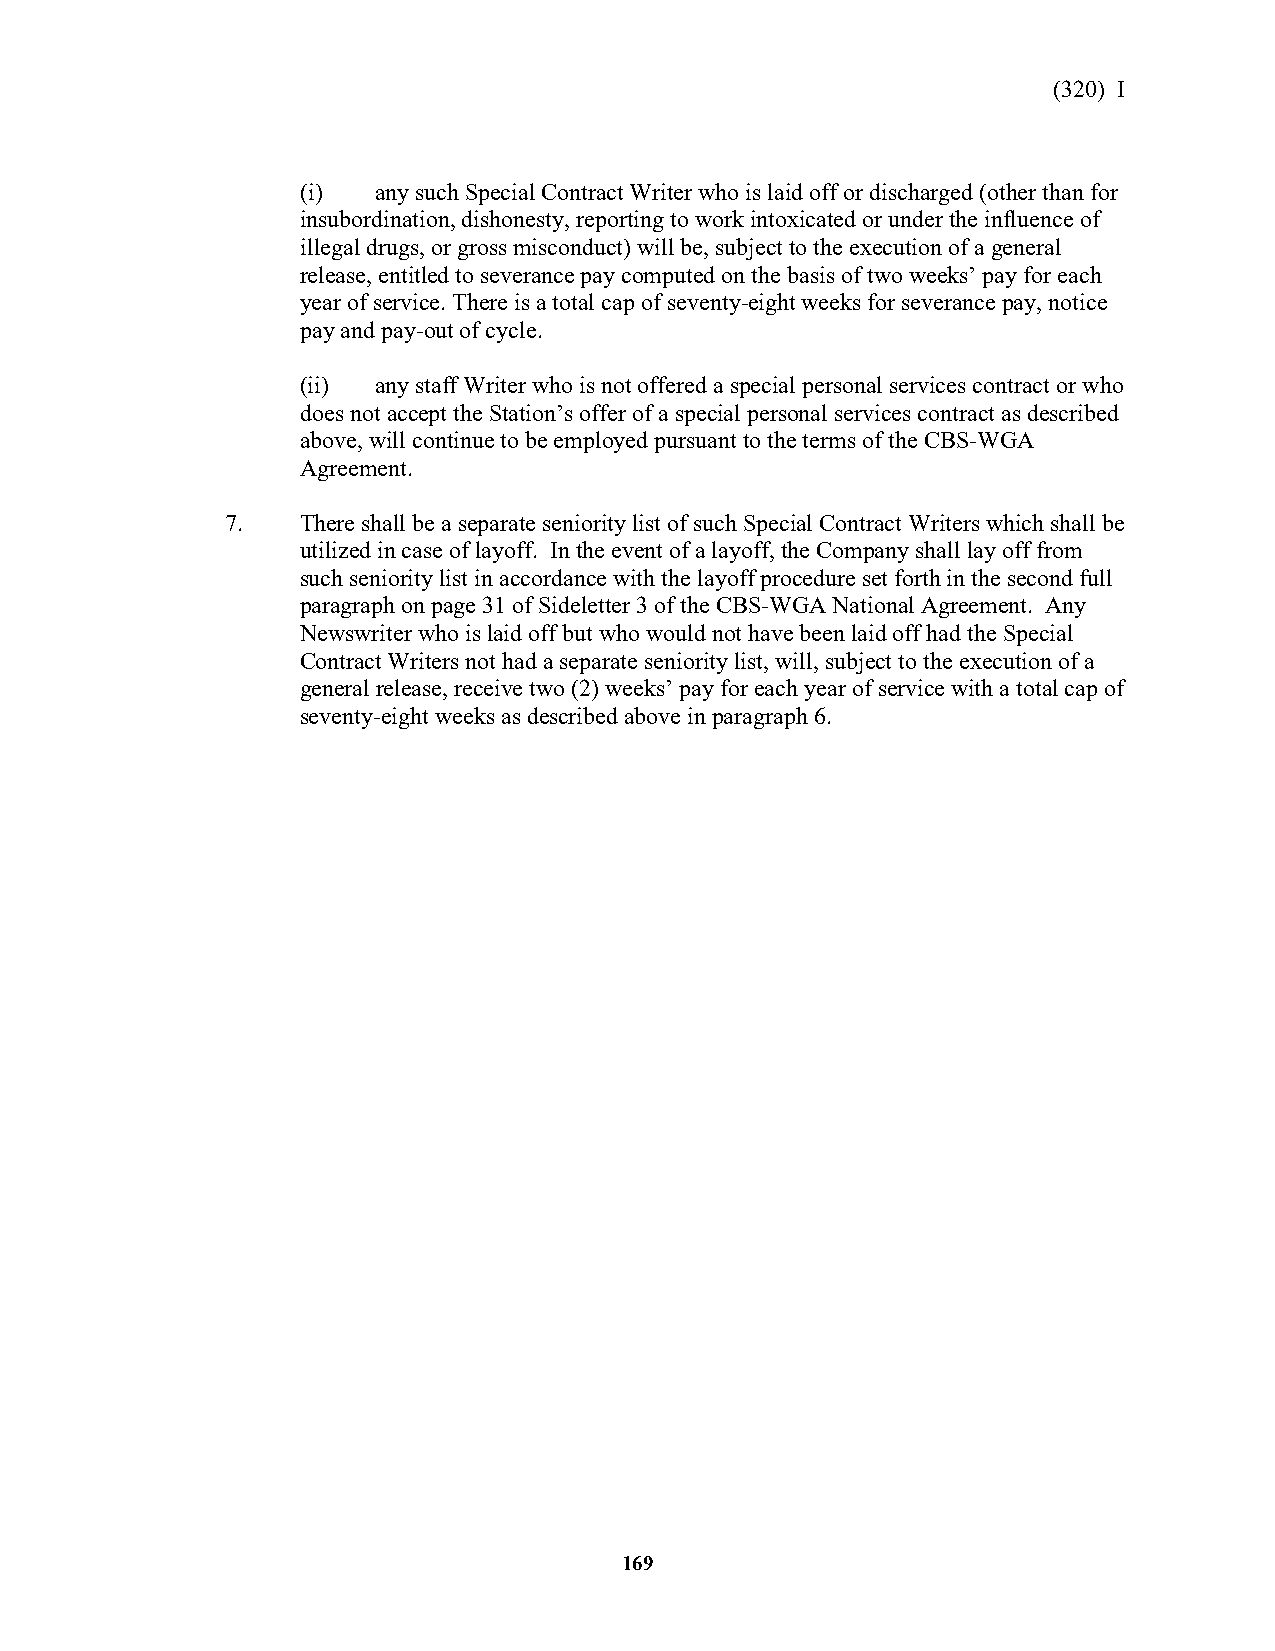
(320) I
 (i)  any such Special Contract Writer who is laid off or discharged (other than for
 insubordination, dishonesty, reporting to work intoxicated or under the influence of
 illegal drugs, or gross misconduct) will be, subject to the execution of a general
 release, entitled to severance pay computed on the basis of two weeks’ pay for each
 year of service. There is a total cap of seventy-eight weeks for severance pay, notice
 pay and pay-out of cycle.
 (ii) any staff Writer who is not offered a special personal services contract or who
 does not accept the Station’s offer of a special personal services contract as described
 above, will continue to be employed pursuant to the terms of the CBS-WGA
 Agreement.
 7.   There shall be a separate seniority list of such Special Contract Writers which shall be
 utilized in case of layoff. In the event of a layoff, the Company shall lay off from
 such seniority list in accordance with the layoff procedure set forth in the second full
 paragraph on page 31 of Sideletter 3 of the CBS-WGA National Agreement. Any
 Newswriter who is laid off but who would not have been laid off had the Special
 Contract Writers not had a separate seniority list, will, subject to the execution of a
 general release, receive two (2) weeks’ pay for each year of service with a total cap of
 seventy-eight weeks as described above in paragraph 6.
 169